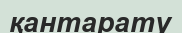
қантарату